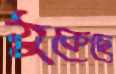
ঠুকেছে